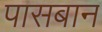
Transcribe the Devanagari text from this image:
पासबान